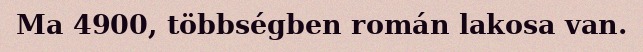
Ma 4900, többségben román lakosa van.